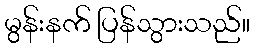
မွန်းနက် ပြန်သွားသည်။